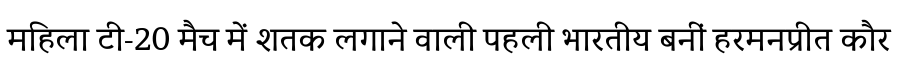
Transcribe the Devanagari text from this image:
महिला टी-20 मैच में शतक लगाने वाली पहली भारतीय बनीं हरमनप्रीत कौर